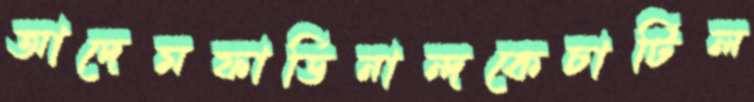
আদেমফার্ডিনান্দকেচার্টিল